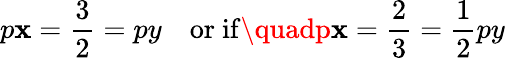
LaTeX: p\mathbf{x}=\frac{{3}}{{2}}=py\quad\mathrm{{or\ if}}\quadp\mathbf{x}=\frac{{2}}{{3}}=\frac{{1}}{{2}}py